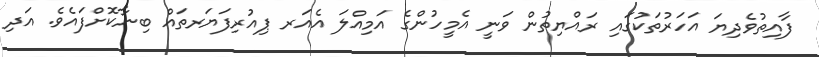
ފާއިތުވެދިޔަ އަހަރުތަކުގައި ރައްޔިތުން ވަނީ އެމީހުންގެ އަމިއްލަ އެއަރ ޕިއުރިފަޔަރތައް ބިނާކޮށްފައެވެ. އަދި